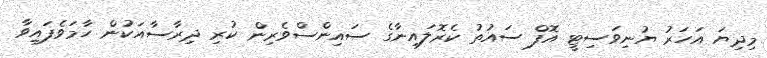
މިދިޔަ އަހަރު ޔުނިވަސިޓީ އޮފް ސައުތު ކެރޮލައިނާގެ ސައިންސްވެރިން ކުރި ދިރާސާއަކުން ހާމަވެފައިވާ